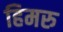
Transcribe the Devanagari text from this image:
हिमरु